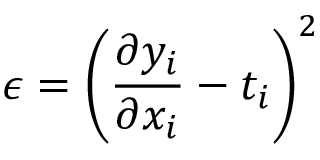
\epsilon = \left( \frac { \partial y _ { i } } { \partial x _ { i } } - t _ { i } \right) ^ { 2 }